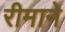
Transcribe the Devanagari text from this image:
रीमाने